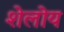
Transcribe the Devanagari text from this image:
शेलोय